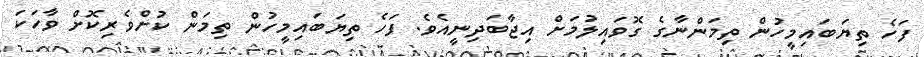
ފަހެ ތިޔަބައިމީހުން ތިމަންނާގެ ގޮވައިލުމަށް އިޖާބަދިނީއެވެ. ފަހެ ތިޔަބައިމީހުން ތިމަން ކުށްވެރިކޮށް ވާހަކަ